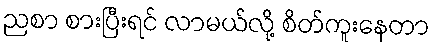
ညစာ စားပြီးရင် လာမယ်လို့ စိတ်ကူးနေတာ